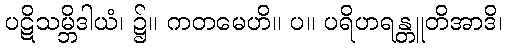
ပဋိသမ္ဘိဒါယံ၊ ၌။ ကတမေဟိ။ ပ။ ပရိဟရန္တူတိအာဒိ၊